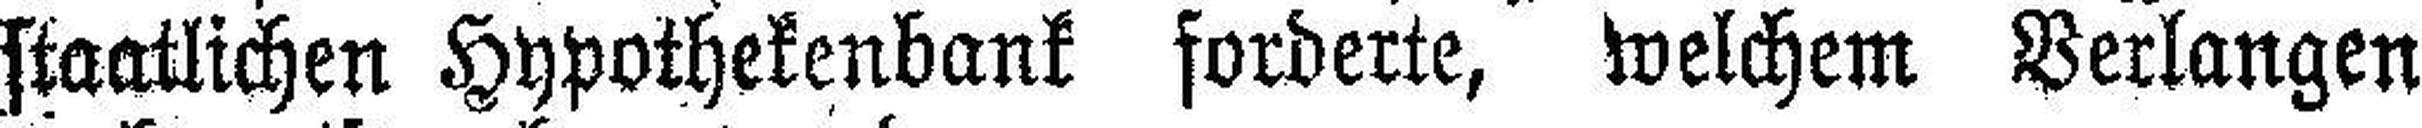
staatlichen Hypothekenbank forderte, welchem Verlangen